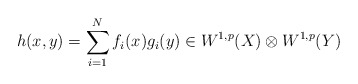
\begin{align*}h(x,y)=\sum_{i=1}^N f_i(x)g_i(y) \in W^{1,p}(X)\otimes W^{1,p}(Y)\end{align*}